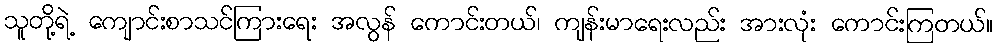
သူတို့ရဲ့ ကျောင်းစာသင်ကြားရေး အလွန် ကောင်းတယ်၊ ကျန်းမာရေးလည်း အားလုံး ကောင်းကြတယ်။